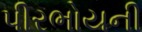
પીરભોયની